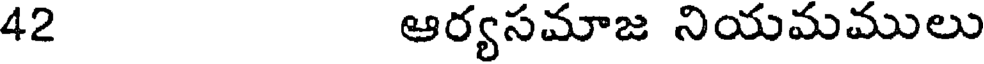
42 ఆర్యసమాజ నియమములు